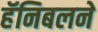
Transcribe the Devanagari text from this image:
हॅनिबलने